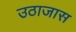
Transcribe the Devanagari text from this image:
उठाजास